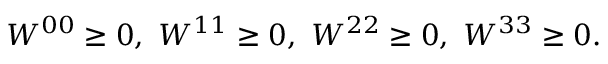
W ^ { 0 0 } \geq 0 , ~ W ^ { 1 1 } \geq 0 , ~ W ^ { 2 2 } \geq 0 , ~ W ^ { 3 3 } \geq 0 .